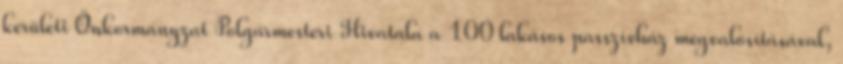
kerületi Önkormányzat Polgármesteri Hivatala a 100 lakásos passzívház megvalósításával,